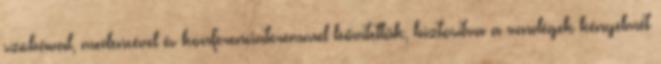
szobával, medencével és konferenciateremmel bővítettük, biztosítva a vendégek kényelmét